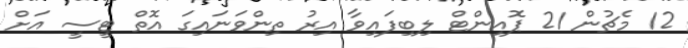
12 މެޗުން 21 ޕޮއިންޓް ލިބިފައިވާ އިރު ތިންވަނައިގަ އޮތް ޓީސީ އަށް